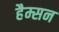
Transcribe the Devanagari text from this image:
हैम्सन